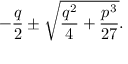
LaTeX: - { \frac { q } { 2 } } \pm { \sqrt { { \frac { q ^ { 2 } } { 4 } } + { \frac { p ^ { 3 } } { 2 7 } } } } .